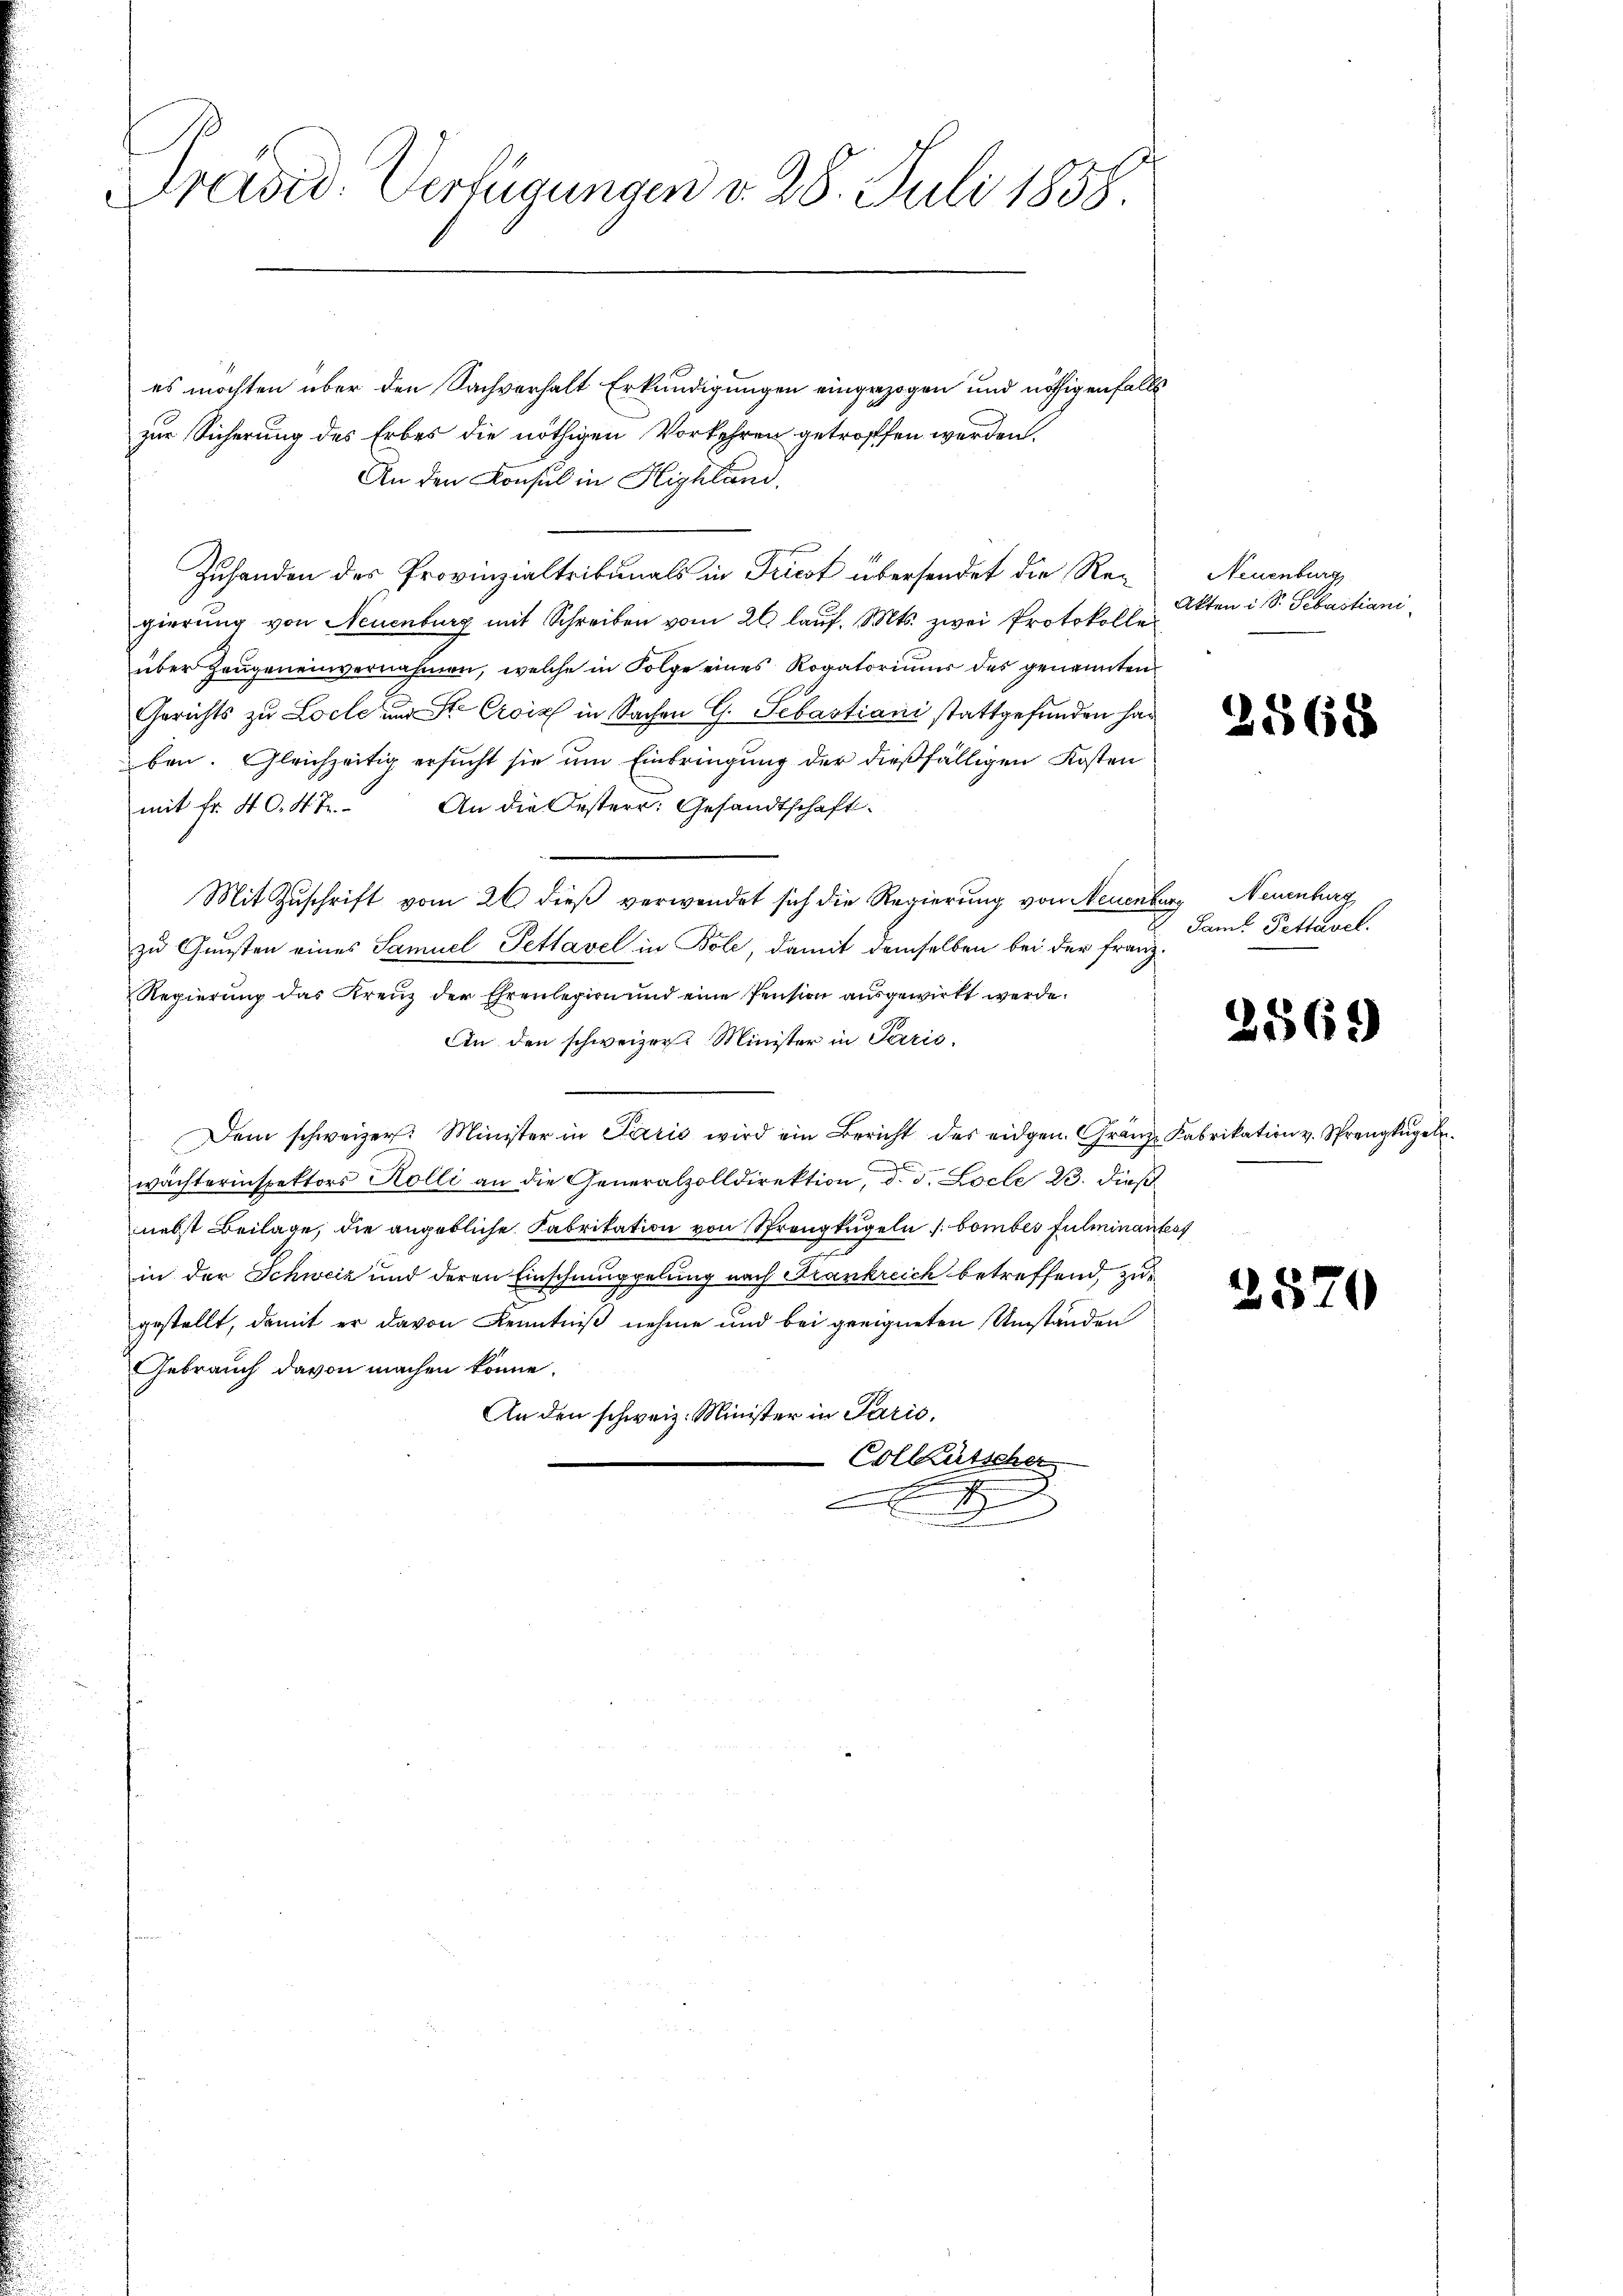
Präsid. Verfügungen d. 28. Juli 1858

es möchten über den Sachverhalt Erkundigungen eingezogen und nöthigenfalls
zur Sicherung des Erbes die nöthigen Vorkehren getroffen werden,
An den Konsul in Highland.
Zuhanden des Provinzialtribunals in Priest übersendet die Regierung von Neuenburg mit Schreiben vom 26. lauf. Mts. zwei Protokolle
über Zeugeneinvernahmen, welche in Folge eines Kovatoriums des genannten
Gerichts zu Loche und Ste Croix in Sachen G. Sebastiani stattgefunden haben. Gleichzeitig ersucht sie um Einbringung der dießfälligen Kosten
mit fr. 40. 4 fr. An die Oesterr. Gesandtschaft.
Mit Zuschrift vom 26 dieß verwendet sich die Regierung von Neuenburg, Neuenburg
zu Gunsten eines Samuel Pettavel in Bole, damit demselben bei der Franz
Regierung das Kreuz der Ehrenlegien und eine Pension ausgewirkt werde.
An den schweizer. Minister in Paris
Dem schweizer. Minister in Paris wird ein Bericht des eidgen. Granz-Fabrikation v. Sprengkugel
wächterinspektors Kolli an die Generalzolldirektion, d. d. Loche 23. dieß
nebst Beilage, die angebliche Fabrikation von Sprengkegeln u. bomber fulminantest
in der Schweiz und deren Einschmuppelung nach Strankreich betreffend, zu
gestellt, damit er davon Kenntniß nehme und bei geeigneten Umständen
Gebrauch davon machen könne.
An den schweiz. Minister in Paris.
Collütscher
.
x

u

Neuenburg
Akten i S. Sebastiani

2568

V Samt Pettavel.

2569

2570